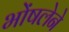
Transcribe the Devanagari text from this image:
भोंषलेने